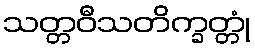
သတ္တဝီသတိက္ခတ္တုံ